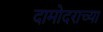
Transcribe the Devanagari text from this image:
दामोदराच्या